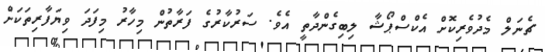
ޗެނަލް މެދުވެރިކޮށް އެކްސްޕޯޝާ ލިބިގެންދާތީ އެވެ. ސަރުކާރުގެ ފަރާތުން މިހާރު މިފަދަ ވިޔަފާރިތަކަށް